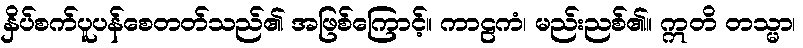
နှိပ်စက်ပူပန်စေတတ်သည်၏ အဖြစ်ကြောင့်။ ကာဠကံ၊ မည်းညစ်၏။ ဣတိ တသ္မာ၊